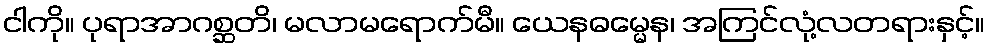
ငါကို။ ပုရာအာဂစ္ဆတိ၊ မလာမရောက်မီ။ ယေနဓမ္မေန၊ အကြင်လုံ့လတရားနှင့်။